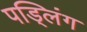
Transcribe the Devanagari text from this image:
पड्लिंग